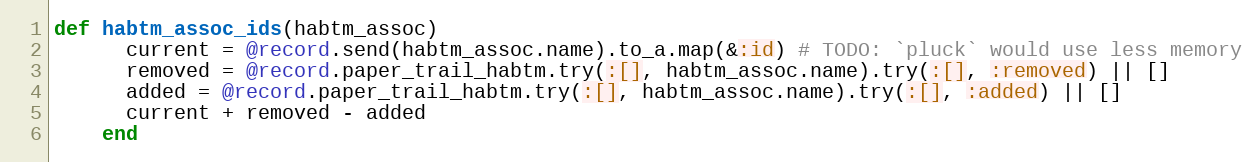
Language: Ruby
def habtm_assoc_ids(habtm_assoc)
      current = @record.send(habtm_assoc.name).to_a.map(&:id) # TODO: `pluck` would use less memory
      removed = @record.paper_trail_habtm.try(:[], habtm_assoc.name).try(:[], :removed) || []
      added = @record.paper_trail_habtm.try(:[], habtm_assoc.name).try(:[], :added) || []
      current + removed - added
    end